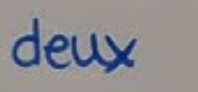
deux